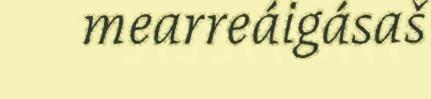
mearreáigásaš